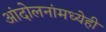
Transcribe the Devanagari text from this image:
आंदोलनांमध्येही